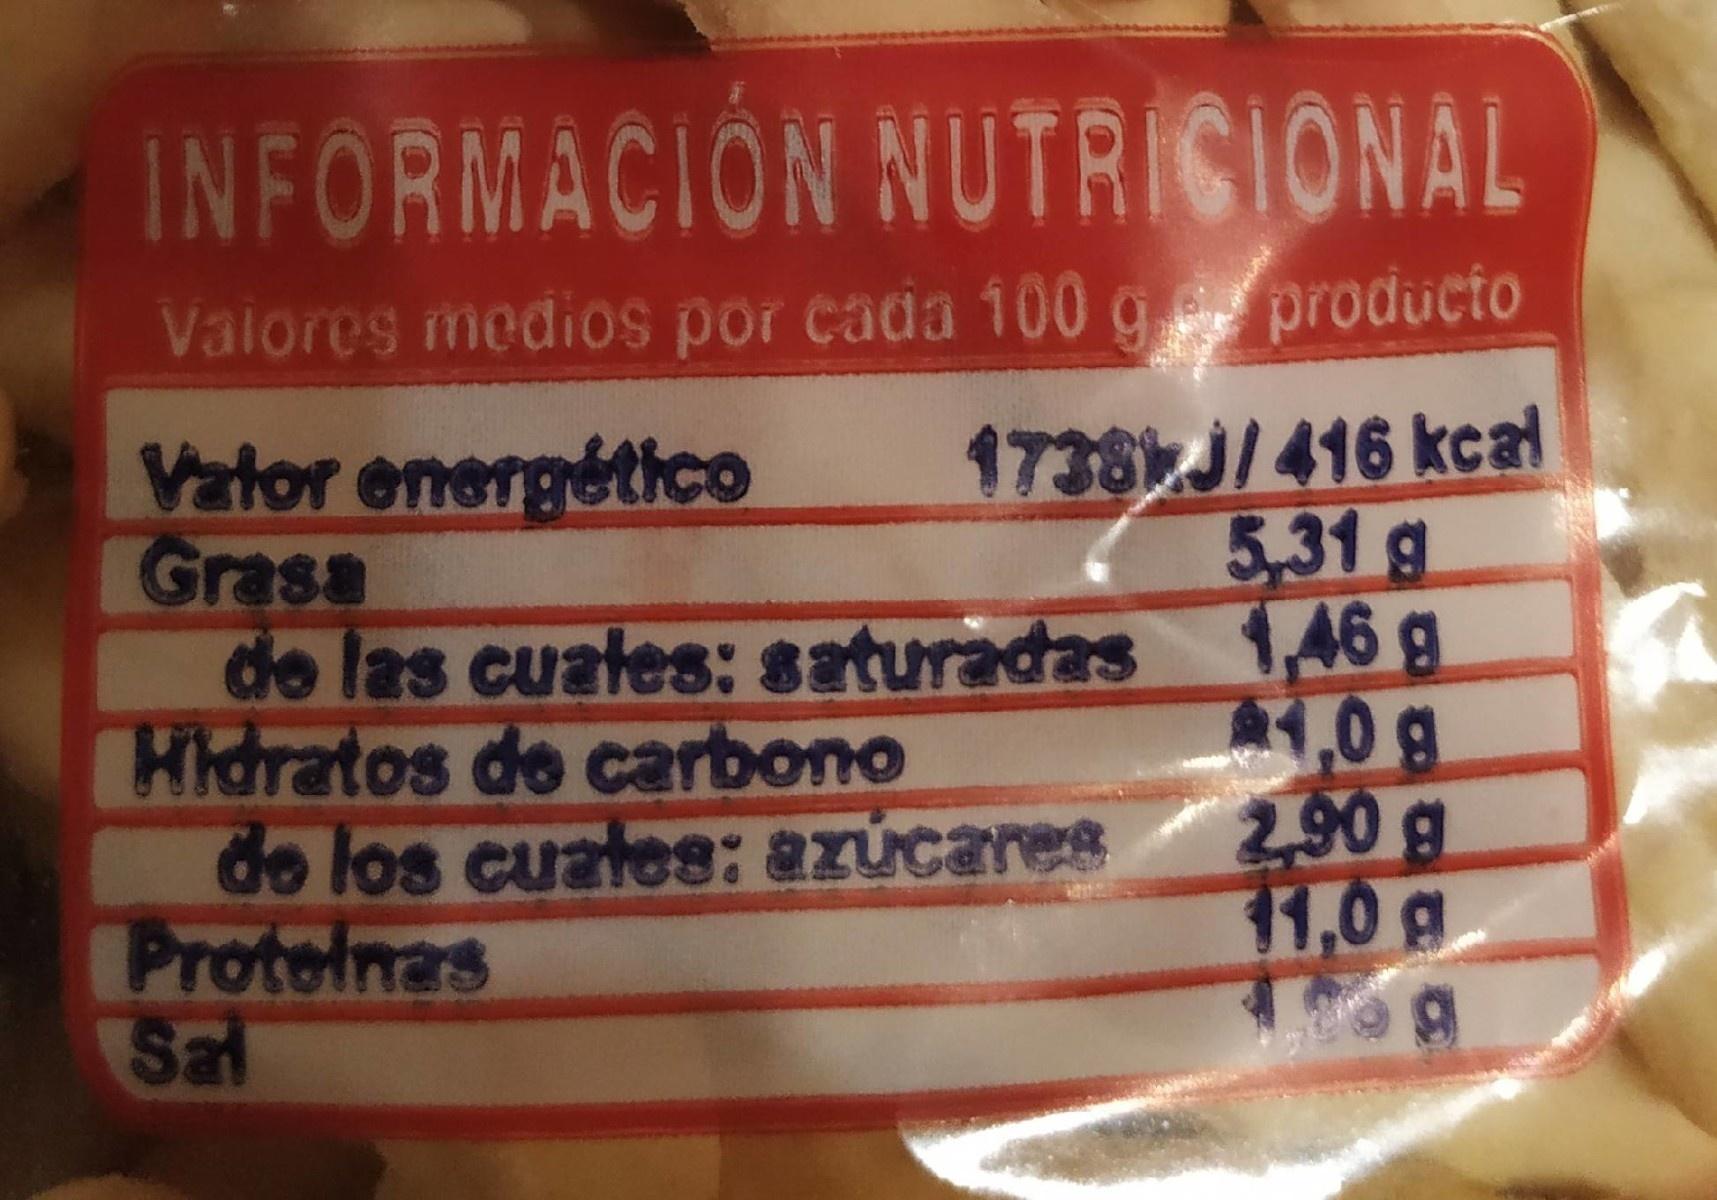
INFORMACION NUTRISIONAL
Vaiores medios por cada 100 g producto
1738J/416 kcal 5,31g
Valor energético Grasa de las cuates: saturadas 1,46 g Hidratos de carbono do los cuates: azúcares Proteinas Sal
,0 g 2.90g 11,0 g